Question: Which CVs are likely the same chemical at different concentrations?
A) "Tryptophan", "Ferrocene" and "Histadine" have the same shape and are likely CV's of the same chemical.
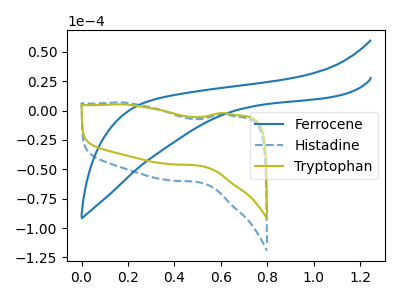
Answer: <think>The blue curve "Ferrocene" has no peaks. The blue dashed curve "Histadine" has no peaks. The olive curve "Tryptophan" has no peaks.
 Neither "Ferrocene" or "Histadine" have any peaks. Neither "Ferrocene" or "Tryptophan" have any peaks. Neither "Histadine" or "Tryptophan" have any peaks.</think>
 <answer>A) "Tryptophan", "Ferrocene" and "Histadine" have the same shape and are likely CV's of the same chemical.</answer>
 <eval>A</eval>